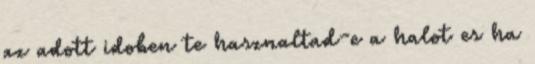
az adott idoben te hasznaltad-e a halot es ha